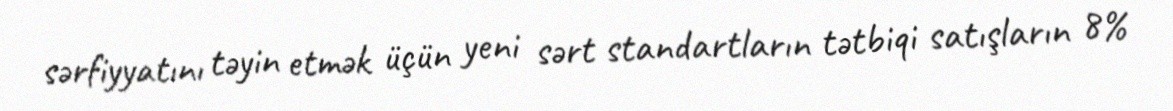
sərfiyyatını təyin etmək üçün yeni sərt standartların tətbiqi satışların 8%